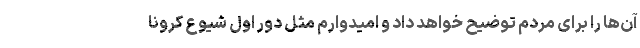
آن‌ها را برای مردم توضیح خواهد داد و امیدوارم مثل دور اول شیوع کرونا